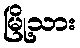
မြို့သား